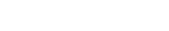
١٦